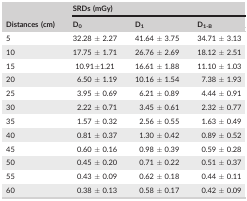
<table><thead><tr><td rowspan="2"><b>Distances (cm)</b></td><td colspan="3"><b>SRDs (mGy)</b></td></tr><tr><td><b>D<sub>0</sub></b></td><td><b>D<sub>1</sub></b></td><td><b>D<sub>1‐B</sub></b></td></tr></thead><tbody><tr><td>5</td><td>32.28 ± 2.27</td><td>41.64 ± 3.75</td><td>34.71 ± 3.13</td></tr><tr><td>10</td><td>17.75 ± 1.71</td><td>26.76 ± 2.69</td><td>18.12 ± 2.51</td></tr><tr><td>15</td><td>10.91±1.21</td><td>16.61 ± 1.88</td><td>11.10 ± 1.03</td></tr><tr><td>20</td><td>6.50 ± 1.19</td><td>10.16 ± 1.54</td><td>7.38 ± 1.93</td></tr><tr><td>25</td><td>3.95 ± 0.69</td><td>6.21 ± 0.89</td><td>4.44 ± 0.91</td></tr><tr><td>30</td><td>2.22 ± 0.71</td><td>3.45 ± 0.61</td><td>2.32 ± 0.77</td></tr><tr><td>35</td><td>1.57 ± 0.32</td><td>2.56 ± 0.55</td><td>1.63 ± 0.49</td></tr><tr><td>40</td><td>0.81 ± 0.37</td><td>1.30 ± 0.42</td><td>0.89 ± 0.52</td></tr><tr><td>45</td><td>0.60 ± 0.16</td><td>0.98 ± 0.39</td><td>0.59 ± 0.28</td></tr><tr><td>50</td><td>0.45 ± 0.20</td><td>0.71 ± 0.22</td><td>0.51 ± 0.37</td></tr><tr><td>55</td><td>0.43 ± 0.09</td><td>0.62 ± 0.18</td><td>0.44 ± 0.11</td></tr><tr><td>60</td><td>0.38 ± 0.13</td><td>0.58 ± 0.17</td><td>0.42 ± 0.09</td></tr></tbody></table>